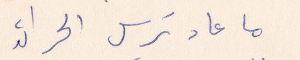
ما عاد ترسل الجرائد